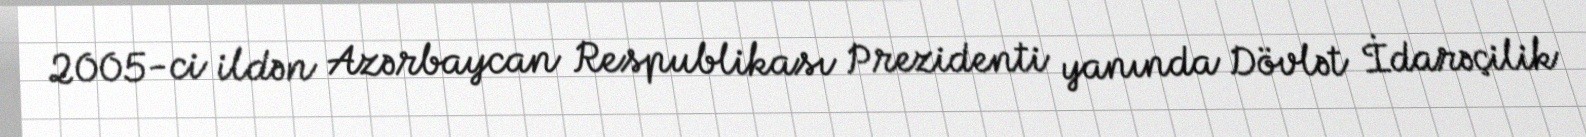
2005-ci ildən Azərbaycan Respublikası Prezidenti yanında Dövlət İdarəçilik